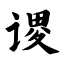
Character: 谡